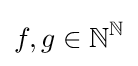
f,g\in \mathbb {N} ^{\mathbb {N} }